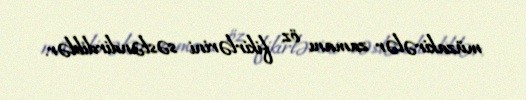
müzakirələr zamanı öz fikirlərini səsləndirdiblər.